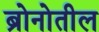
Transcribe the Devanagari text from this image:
ब्रोनोतील